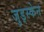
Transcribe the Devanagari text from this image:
जुड्स्केन